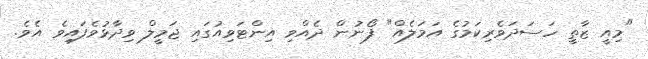
"މިއީ ޒާތީ ހަސަދަވެރިކަމުގެ އަމަލެއް" ފޯނުން ދެއްވި އިންޓަވިއުގައި ޖަމީލް ވިދާޅުވެފައިވެ އެވެ.